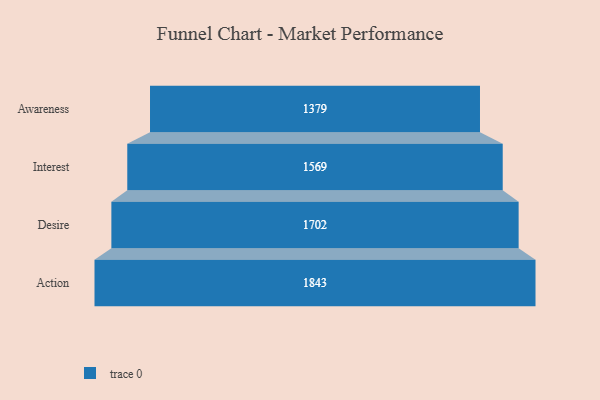
{"axis": {"x": "Stage", "y": "Value"}, "legend": [""], "data": [{"x": "Awareness", "y": 1379.0, "type": ""}, {"x": "Interest", "y": 1569.0, "type": ""}, {"x": "Desire", "y": 1702.0, "type": ""}, {"x": "Action", "y": 1843.0, "type": ""}]}